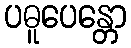
ပဓူပေန္တော